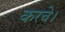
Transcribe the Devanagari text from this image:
करचे।